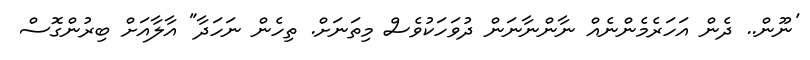
'ނޫން.. ދެން އަހަރެމެންނެއް ނާންނާނަން ދުވަހަކުވެސް މިތަނަށް. ތިހެން ނަހަދާ" އާލާއަށް ބިރުންގޮސް